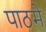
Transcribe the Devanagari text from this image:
पाठमे